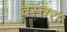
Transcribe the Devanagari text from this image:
वस्तरा